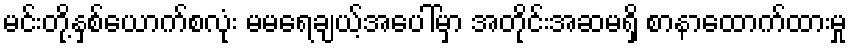
မင်းတို့နှစ်ယောက်စလုံး မမရေချယ့်အပေါ်မှာ အတိုင်းအဆမရှိ စာနာထောက်ထားမှု